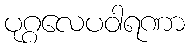
ပုဂ္ဂလေပဝါရဏာ